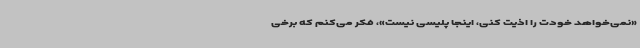
«نمی‌خواهد خودت را اذیت کنی، اینجا پلیسی نیست»، فکر می‌کنم که برخی